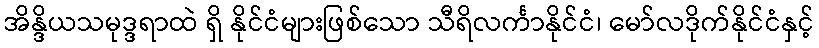
အိန္ဒိယသမုဒ္ဒရာထဲ ရှိ နိုင်ငံများဖြစ်သော သီရိလင်္ကာနိုင်ငံ၊ မော်လဒိုက်နိုင်ငံနှင့်